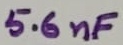
Text: 5.6nF